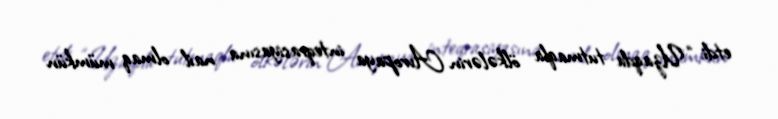
etdi: “Uzaqda tutmaqla ölkələrin Avropaya inteqrasiyasına nail olmaq mümkün